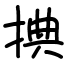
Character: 捵